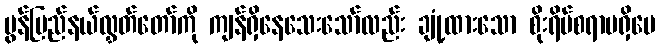
မွန်ပြည်နယ်လွှတ်တော်ကို ကျန်ရှိနေသေးသော်လည်း ချုံ့ထားသော စိုးရိမ်စရာမရှိပေ